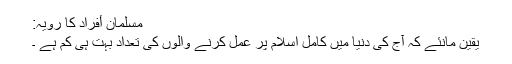
مسلمان أفراد کا رویہ:
یقین مانئے کہ آج کی دنیا میں کامل اسلام پر عمل کرنے والوں کی تعداد بہت ہی کم ہے ۔